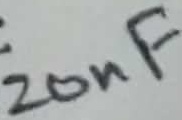
Text: 20nF